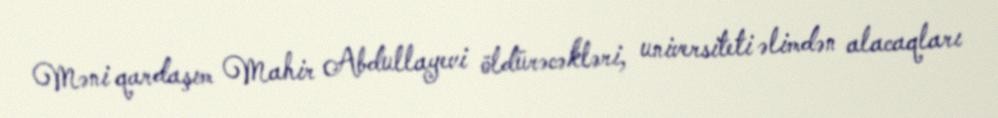
Məni qardaşım Mahir Abdullayevi öldürəcəkləri, universiteti əlimdən alacaqları